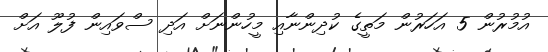
އުމުރުން 5 އަހަރުން މަތީގެ ކުދިންނާއި މީހުންނަށް އަދި ސްވައިން ފުލޫ އަށް